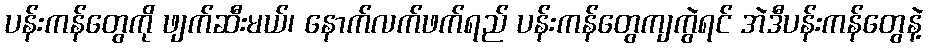
ပန်းကန်တွေကို ဖျက်ဆီးမယ်၊ နောက်လက်ဖက်ရည် ပန်းကန်တွေကျကွဲရင် အဲဒီပန်းကန်တွေနဲ့